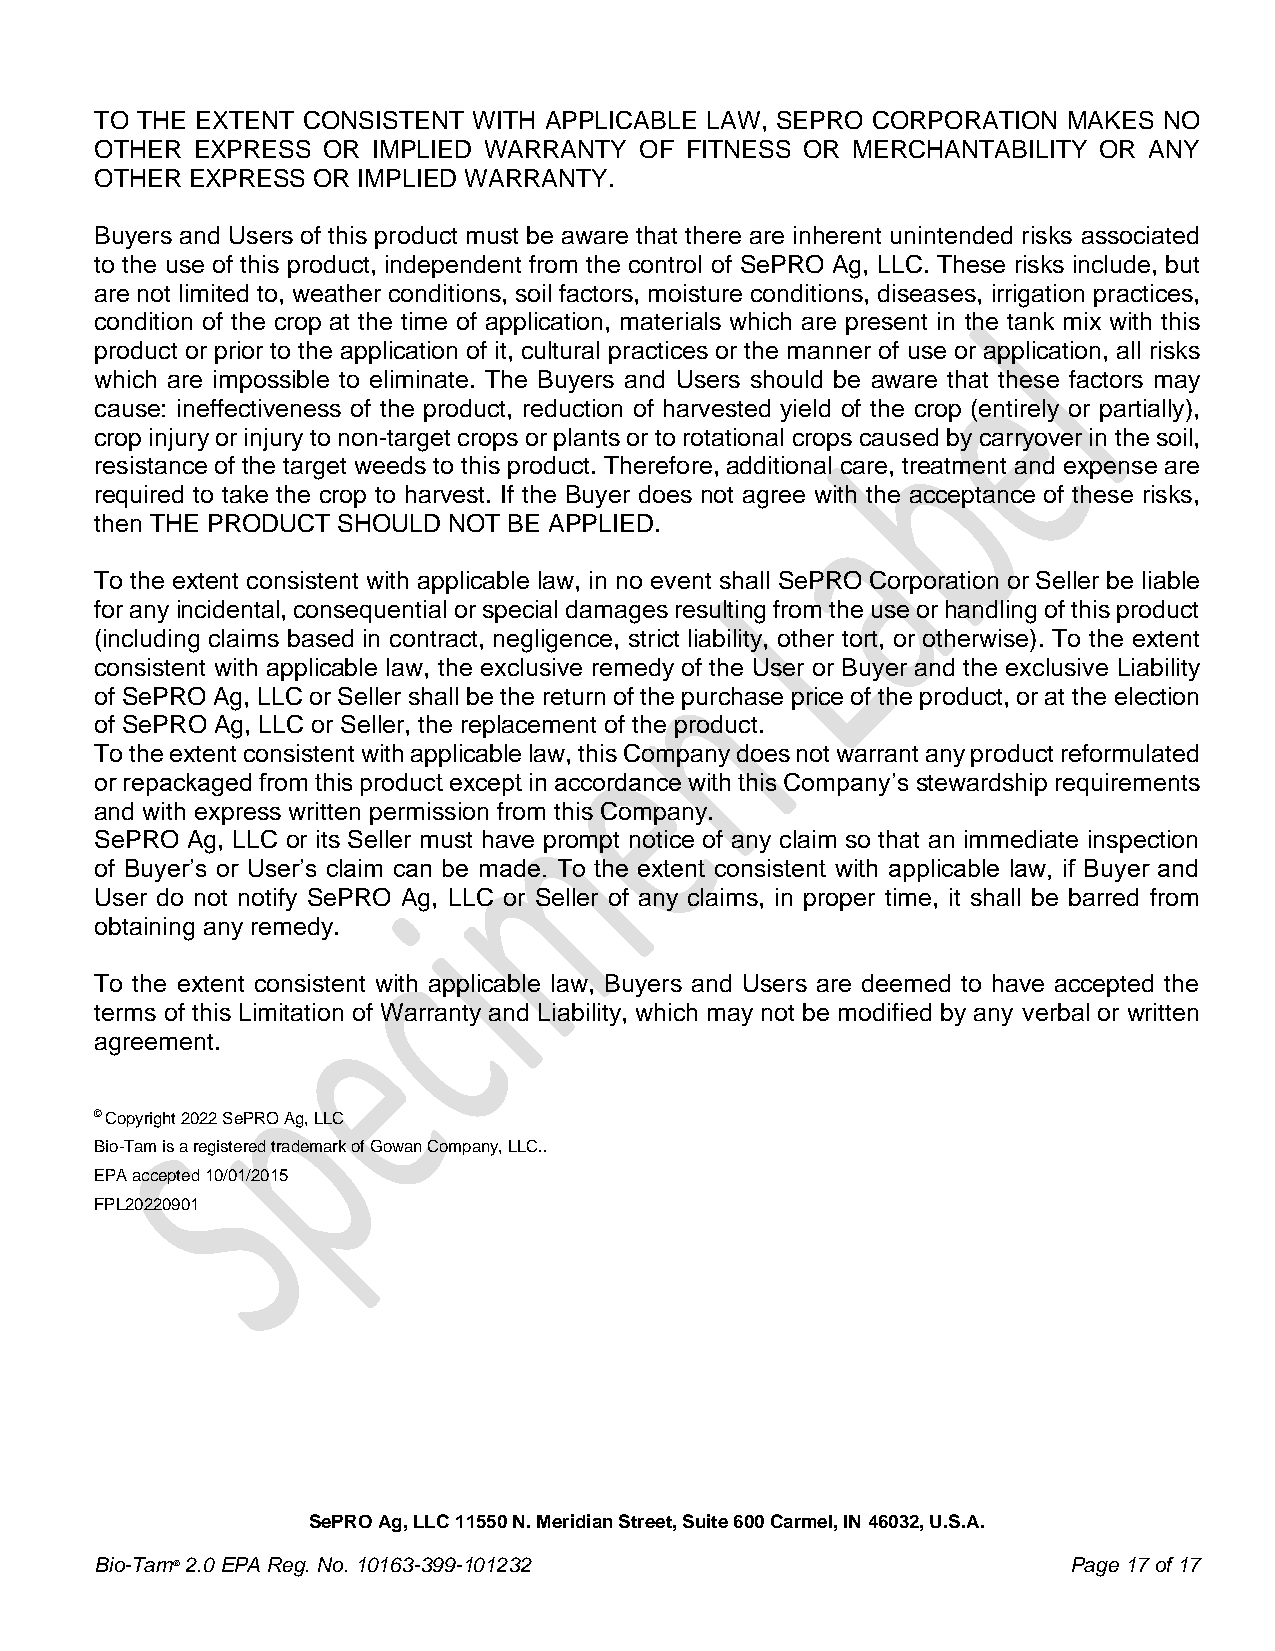
TO THE EXTENT CONSISTENT WITH APPLICABLE LAW, SEPRO CORPORATION  MAKES NO
 OTHER  EXPRESS OR  IMPLIED WARRANTY OF FITNESS OR MERCHANTABILITY  OR ANY
 OTHER EXPRESS  OR IMPLIED WARRANTY.
 Buyers and Users of this product must be aware that there are inherent unintended risks associated
 to the use of this product, independent from the control of SePRO Ag, LLC. These risks include, but
 are not limited to, weather conditions, soil factors, moisture conditions, diseases, irrigation practices,
 condition of the crop at the time of application, materials which are present in the tank mix with this
 product or prior to the application of it, cultural practices or the manner of use or application, all risks
 which are impossible to eliminate. The Buyers and Users should be aware that these factors may
 cause: ineffectiveness of the product, reduction of harvested yield of the crop (entirely or partially),
 crop injury or injury to non-target crops or plants or to rotational crops caused by carryover in the soil,
 resistance of the target weeds to this product. Therefore, additional care, treatment and expense are
 required to take the crop to harvest. If the Buyer does not agree with the acceptance of these risks,
 then THE PRODUCT SHOULD NOT BE APPLIED.
 To the extent consistent with applicable law, in no event shall SePRO Corporation or Seller be liable
 for any incidental, consequential or special damages resulting from the use or handling of this product
 (including claims based in contract, negligence, strict liability, other tort, or otherwise). To the extent
 consistent with applicable law, the exclusive remedy of the User or Buyer and the exclusive Liability
 of SePRO Ag, LLC or Seller shall be the return of the purchase price of the product, or at the election
 of SePRO Ag, LLC or Seller, the replacement of the product.
 To the extent consistent with applicable law, this Company does not warrant any product reformulated
 or repackaged from this product except in accordance with this Company’s stewardship requirements
 and with express written permission from this Company.
 SePRO Ag, LLC or its Seller must have prompt notice of any claim so that an immediate inspection
 of Buyer’s or User’s claim can be made. To the extent consistent with applicable law, if Buyer and
 User do not notify SePRO Ag, LLC or Seller of any claims, in proper time, it shall be barred from
 obtaining any remedy.
 To the extent consistent with applicable law, Buyers and Users are deemed to have accepted the
 terms of this Limitation of Warranty and Liability, which may not be modified by any verbal or written
 agreement.
 © Copyright 2022 SePRO Ag, LLC
 Bio-Tam is a registered trademark of Gowan Company, LLC..
 EPA accepted 10/01/2015
 FPL20220901
 SePRO Ag, LLC 11550 N. Meridian Street, Suite 600 Carmel, IN 46032, U.S.A.
 Bio-Tam® 2.0 EPA Reg. No. 10163-399-101232                       Page 17 of 17